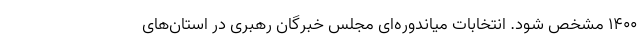
۱۴۰۰ مشخص شود. انتخابات میاندوره‌ای مجلس خبرگان رهبری در استان‌های